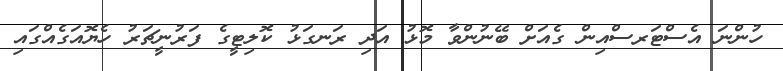
ހުންނަ އެސްޓަރސްއިން ގެއަށް ބޭނުންވާ މޮޅު އަދި ރަނގަޅު ކޮލިޓީގެ ފަރުނީޗަރު ހެޔޮއަގެއްގައި